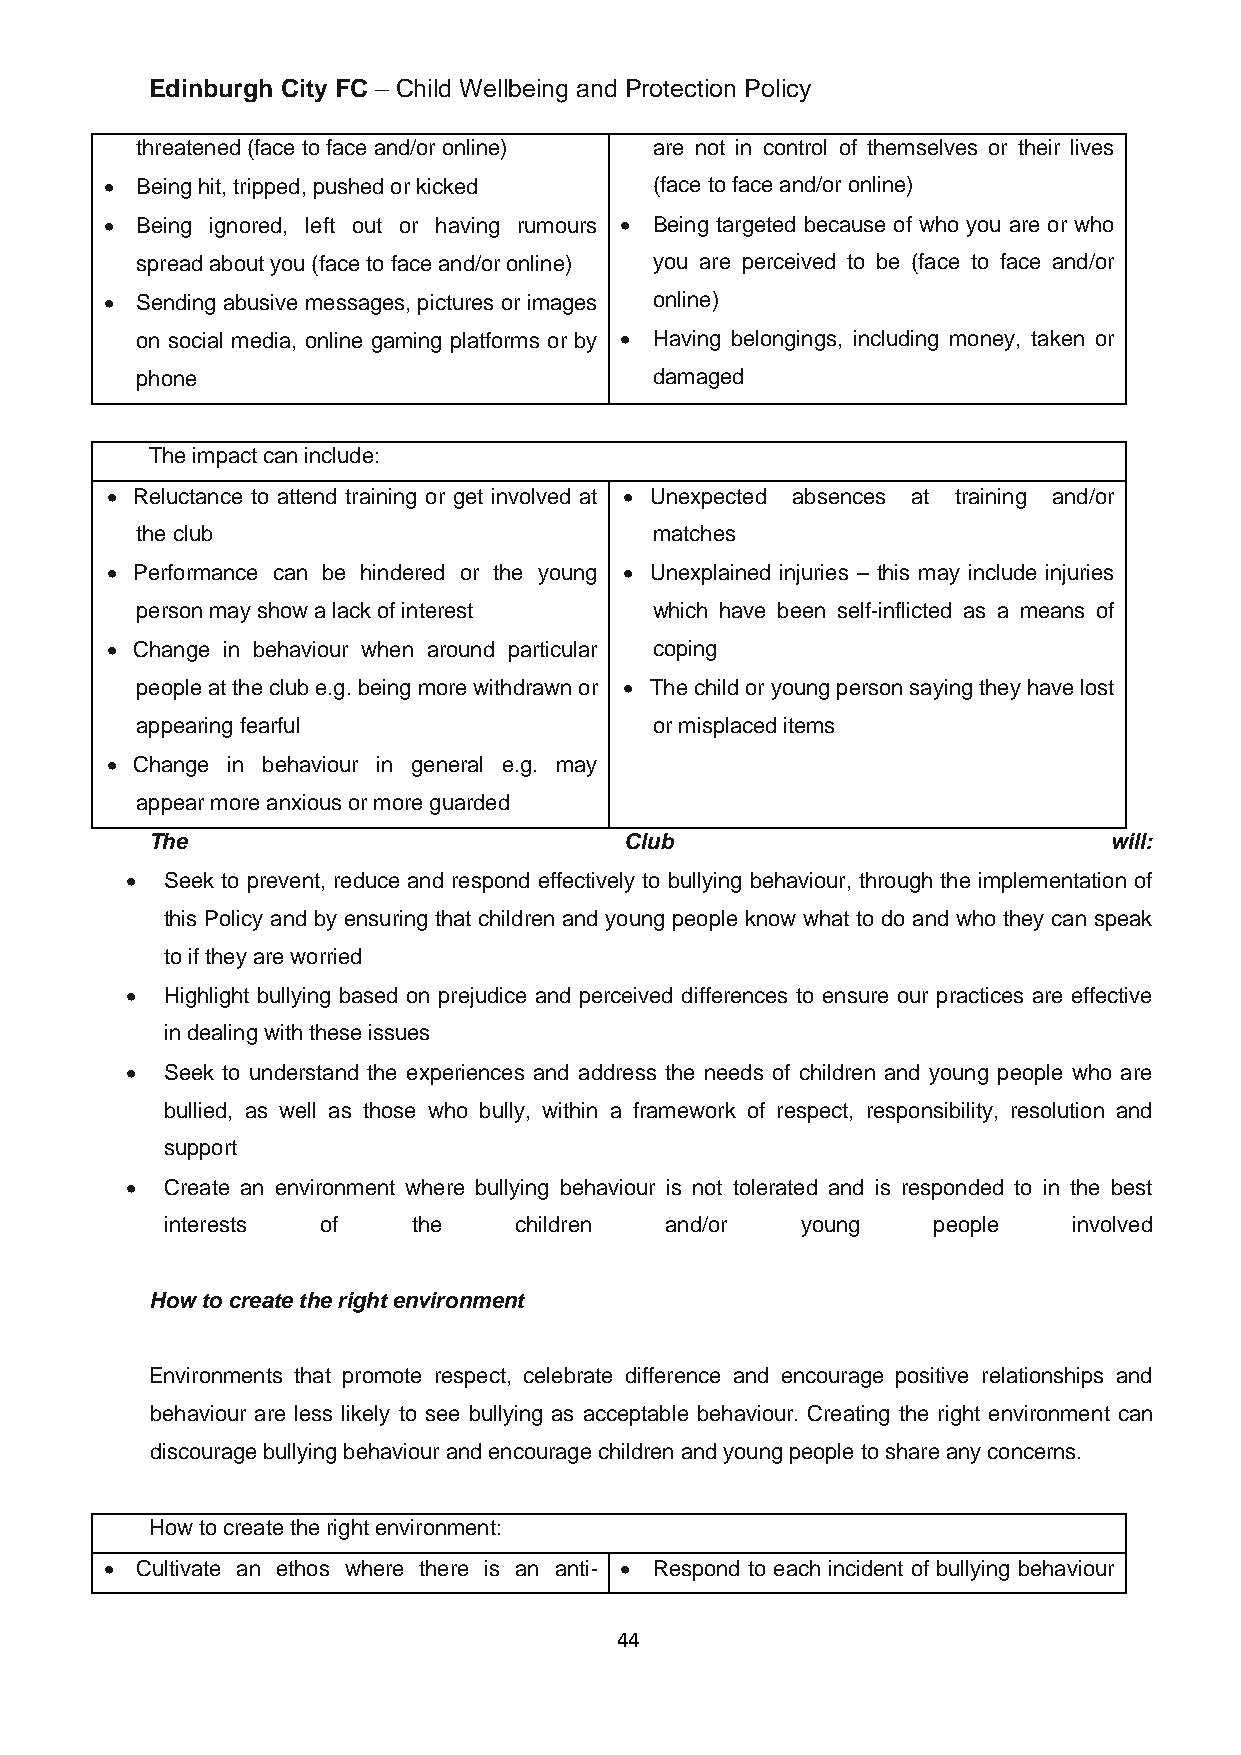
Edinburgh City FC – Child Wellbeing and Protection Policy
 threatened (face to face and/or online) are not in control of themselves or their lives
 • Being hit, tripped, pushed or kicked (face to face and/or online)
 • Being ignored, left out or having rumours • Being targeted because of who you are or who
 spread about you (face to face and/or online) you are perceived to be (face to face and/or
 • Sending abusive messages, pictures or images online)
 on social media, online gaming platforms or by • Having belongings, including money, taken or
 phone                             damaged
 The impact can include:
 • Reluctance to attend training or get involved at • Unexpected absences at training and/or
 the club                          matches
 • Performance can be hindered or the young • Unexplained injuries – this may include injuries
 person may show a lack of interest which have been self-inflicted as a means of
 • Change in behaviour when around particular coping
 people at the club e.g. being more withdrawn or • The child or young person saying they have lost
 appearing fearful                 or misplaced items
 • Change in behaviour in general e.g. may
 appear more anxious or more guarded
 The                            Club                            will:
 •  Seek to prevent, reduce and respond effectively to bullying behaviour, through the implementation of
 this Policy and by ensuring that children and young people know what to do and who they can speak
 to if they are worried
 •  Highlight bullying based on prejudice and perceived differences to ensure our practices are effective
 in dealing with these issues
 •  Seek to understand the experiences and address the needs of children and young people who are
 bullied, as well as those who bully, within a framework of respect, responsibility, resolution and
 support
 •  Create an environment where bullying behaviour is not tolerated and is responded to in the best
 interests of    the    children  and/or   young    people   involved
 How to create the right environment
 Environments that promote respect, celebrate difference and encourage positive relationships and
 behaviour are less likely to see bullying as acceptable behaviour. Creating the right environment can
 discourage bullying behaviour and encourage children and young people to share any concerns.
 How to create the right environment:
 • Cultivate an ethos where there is an anti- • Respond to each incident of bullying behaviour
 44